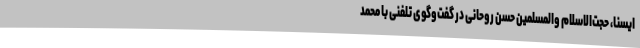
ایسنا، حجت‌الاسلام والمسلمین حسن روحانی در گفت‌وگوی تلفنی با محمد